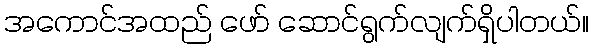
အကောင်အထည် ဖော် ဆောင်ရွက်လျက်ရှိပါတယ်။